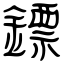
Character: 鏢